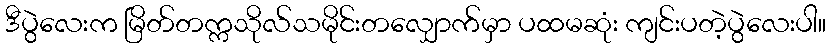
ဒီပွဲလေးက မြိတ်တက္ကသိုလ်သမိုင်းတလျှောက်မှာ ပထမဆုံး ကျင်းပတဲ့ပွဲလေးပါ။